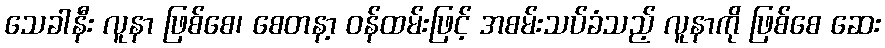
သေခါနီး လူနာ ဖြစ်စေ၊ စေတနာ့ ဝန်ထမ်းဖြင့် အစမ်းသပ်ခံသည့် လူနာကို ဖြစ်စေ ဆေး